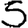
Digit: 5